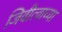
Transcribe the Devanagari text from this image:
जिवीत्वाच्या